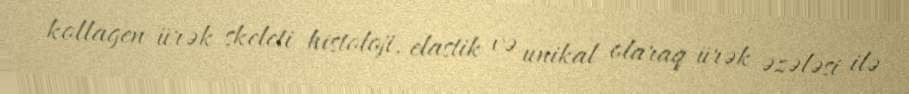
kollagen ürək skeleti histoloji, elastik və unikal olaraq ürək əzələsi ilə